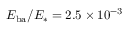
E _ { \mathrm { b a } } / E _ { * } = 2 . 5 \times 1 0 ^ { - 3 }